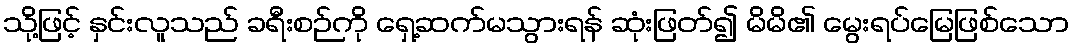
သို့ဖြင့် နှင်းလူသည် ခရီးစဉ်ကို ရှေ့ဆက်မသွားရန် ဆုံးဖြတ်၍ မိမိ၏ မွေးရပ်မြေဖြစ်သော